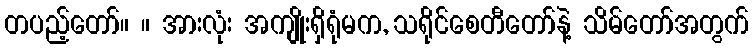
တပည့်တော်။ ။ အားလုံး အကျိုးရှိရုံမက, သရိုင်စေတီတော်နဲ့ သိမ်တော်အတွက်